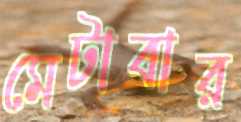
মেটাবার